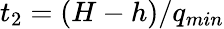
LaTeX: t_{2}=(H-h)/q_{min}